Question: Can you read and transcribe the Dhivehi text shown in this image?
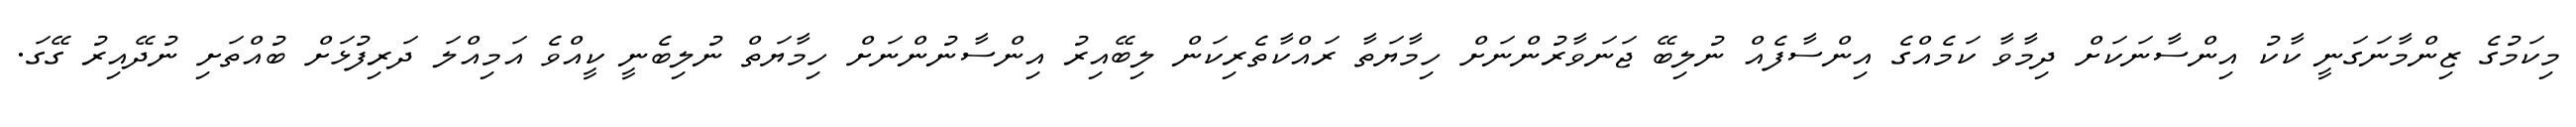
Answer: މިކަމުގެ ޒިންމާނަގަނީ ކާކު އިންސާނަކަށް ދިމާވާ ކަމެއްގެ އިންސާފެއް ނުލިބޭ ޖަނަވާރުންނަށް ހިމާޔަތާ ރައްކާތެރިކަން ލިބޭއިރު އިންސާނުންނަށް ހިމާޔަތް ނުލިބެނީ ކީއްވެ އަމިއްލަ ދަރިފުޅަށް ބުއްތަށި ނުދޭއިރު ގޭގަ.